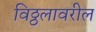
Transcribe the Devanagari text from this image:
विठ्ठलावरील